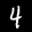
Label: 4